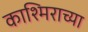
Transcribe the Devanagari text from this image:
काश्मिराच्या